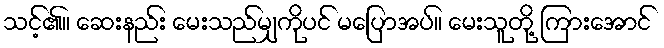
သင့်၏။ ဆေးနည်း မေးသည်မျှကိုပင် မပြောအပ်။ မေးသူတို့ ကြားအောင်